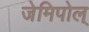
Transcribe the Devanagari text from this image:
जेमिपोल्